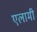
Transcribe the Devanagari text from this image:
एलामी